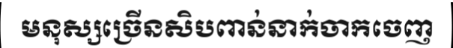
មនុស្សច្រើនសិបពាន់នាក់ចាកចេញ